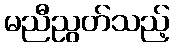
မညီညွတ်သည့်